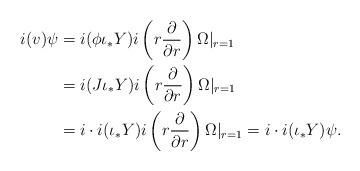
LaTeX: \begin{align*}i(v) \psi&=i (\phi \iota_{*} Y) i \left(r \frac{\partial}{\partial r} \right) \Omega |_{r=1}\\&=i (J \iota_{*} Y) i \left(r \frac{\partial}{\partial r} \right) \Omega |_{r=1}\\&=i \cdot i (\iota_{*} Y) i \left(r \frac{\partial}{\partial r} \right) \Omega |_{r=1}=i \cdot i (\iota_{*} Y) \psi.\end{align*}